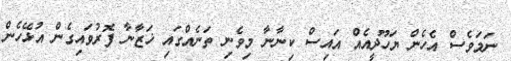
ނަމަވެސް އެހެން ޔަހޫދީއެއް އައިސް ކިނާނާ މިވެނި ތަނެއްގައި ޚަޒާނާ ފޮރުވައިގެން އުޅޭހެން